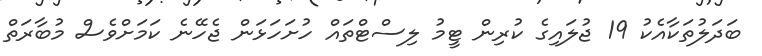
ބަދަލުތަކާއެކު 19 ޖުލައިގެ ކުރިން ޓީމު ލިސްޓްތައް ހުށަހަޅަން ޖެހޭނެ ކަމަށްވެސް މުބާރަތް